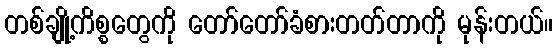
တစ်ချို့ကိစ္စတွေကို တော်တော်ခံစားတတ်တာကို မုန်းတယ်။